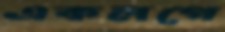
একলগে